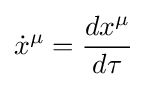
{\dot {x}}^{\mu }={\frac {dx^{\mu }}{d\tau }}